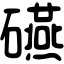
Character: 𥗕